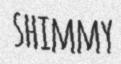
SHIMMY